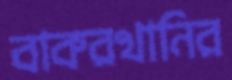
বাকরখানির